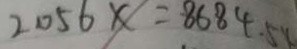
2 0 5 6 x = 8 6 8 4 . 5 4